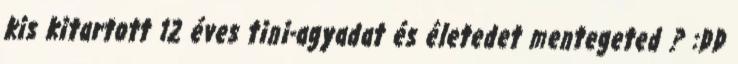
kis kitartott 12 éves tini-agyadat és életedet mentegeted ? :DD